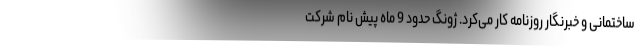
ساختمانی و خبرنگار روزنامه کار می‌کرد. ژونگ حدود 9 ماه پیش نام شرکت